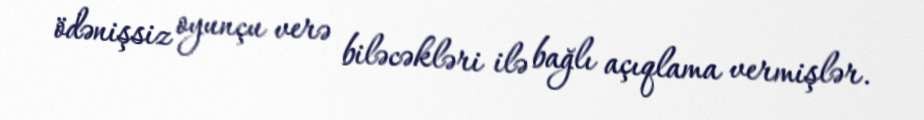
ödənişsiz oyunçu verə biləcəkləri ilə bağlı açıqlama vermişlər.